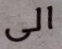
الى